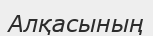
Алқасының